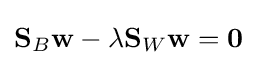
\mathbf {S} _{B}\mathbf {w} -\lambda \mathbf {S} _{W}\mathbf {w} =\mathbf {0}